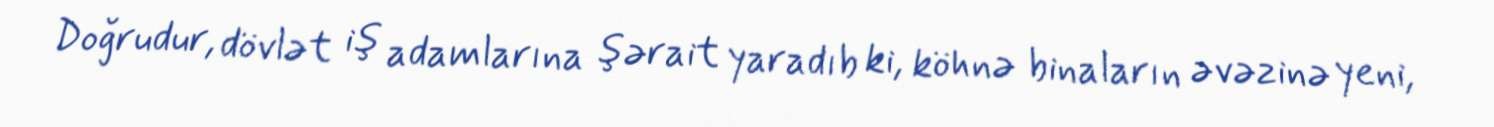
Doğrudur, dövlət iş adamlarına şərait yaradıb ki, köhnə binaların əvəzinə yeni,